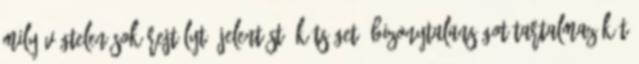
mily végtelen sok rejtélyt, jelentést, kétséget, bizonytalanságot tartalmaz két